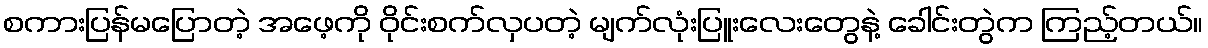
စကားပြန်မပြောတဲ့ အဖေ့ကို ဝိုင်းစက်လှပတဲ့ မျက်လုံးပြူးလေးတွေနဲ့ ခေါင်းတွဲက ကြည့်တယ်။